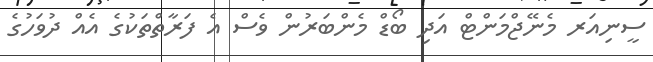
ސީނިއަރ މެނޭޖްމަންޓް އަދި ބޯޑް މެންބަރުން ވެސް އެ ފަރާތްތަކުގެ އެއް ދުވަހުގެ